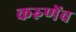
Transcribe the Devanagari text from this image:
करुणेंव